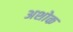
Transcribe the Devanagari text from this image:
अशोक